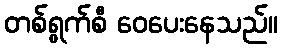
တစ်ရွက်စီ ဝေပေးနေသည်။